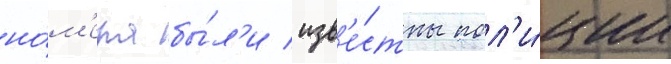
но́м'ера бы́л'и изв'е́стны пол'и́ции